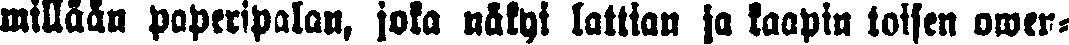
millään paperipalan, joka näkyi lattian ja kaapin toisen owen-